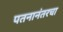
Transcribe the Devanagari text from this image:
पतनानंतरचा